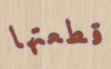
قطعتها